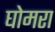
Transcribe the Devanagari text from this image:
घोमरा